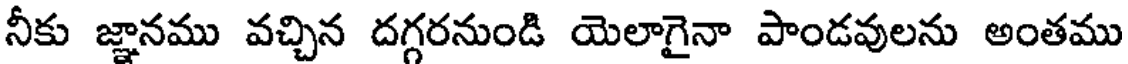
నీకు జ్ఞానము వచ్చిన దగ్గరనుండి యెలాగైనా పాండవులను అంతము